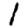
Digit: 1